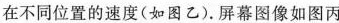
在不同位置的速度(如图乙)。屏幕图像如图丙